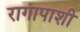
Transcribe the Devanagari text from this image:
रागापाशी